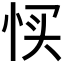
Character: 𢙑